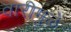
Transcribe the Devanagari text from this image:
वारीमुळे